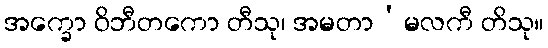
အက္ခော ဝိဘီတကော တီသု၊ အမတာ’မလကီ တိသု။